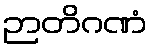
ဉာတိဂဏံ